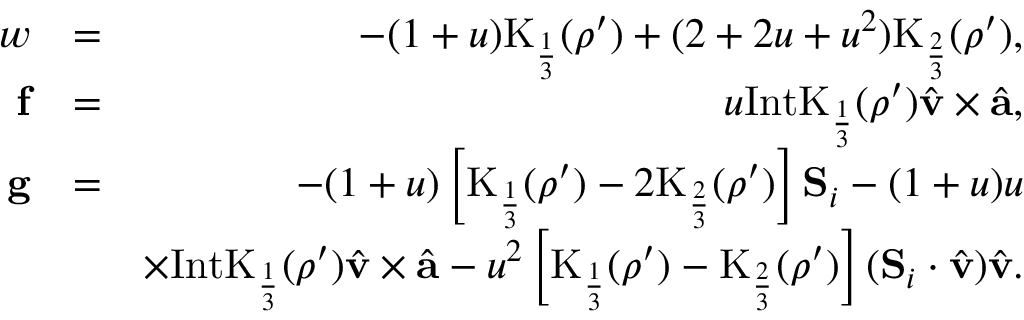
\begin{array} { r l r } { w } & { = } & { - ( 1 + u ) \mathrm { K } _ { \frac { 1 } { 3 } } ( \rho ^ { \prime } ) + ( 2 + 2 u + u ^ { 2 } ) \mathrm { K } _ { \frac { 2 } { 3 } } ( \rho ^ { \prime } ) , } \\ { \mathbf { f } } & { = } & { u \mathrm { I n t K } _ { \frac { 1 } { 3 } } ( \rho ^ { \prime } ) \hat { { \mathbf v } } \times \hat { { \mathbf a } } , } \\ { \mathbf { g } } & { = } & { - ( 1 + u ) \left[ \mathrm { K } _ { \frac { 1 } { 3 } } ( \rho ^ { \prime } ) - 2 \mathrm { K } _ { \frac { 2 } { 3 } } ( \rho ^ { \prime } ) \right] \mathbf { S } _ { i } - ( 1 + u ) u } \\ & { } & { \times \mathrm { I n t K } _ { \frac { 1 } { 3 } } ( \rho ^ { \prime } ) \hat { { \mathbf v } } \times \hat { { \mathbf a } } - u ^ { 2 } \left[ \mathrm { K } _ { \frac { 1 } { 3 } } ( \rho ^ { \prime } ) - \mathrm { K } _ { \frac { 2 } { 3 } } ( \rho ^ { \prime } ) \right] ( \mathbf { S } _ { i } \cdot \hat { { \mathbf v } } ) \hat { { \mathbf v } } . } \end{array}